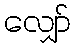
လျှော်